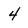
Character: 4